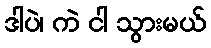
ဒါပဲ၊ ကဲ ငါ သွားမယ်